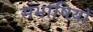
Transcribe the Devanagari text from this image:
संभाषियों